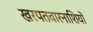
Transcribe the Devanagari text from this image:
खरपतवारनाशियों